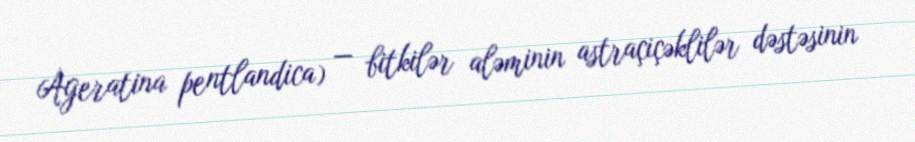
Ageratina pentlandica) — bitkilər aləminin astraçiçəklilər dəstəsinin